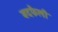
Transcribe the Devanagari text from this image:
बदफैली